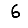
Digit: 6